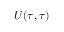
U ( \tau , \tau )